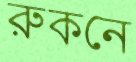
রুকনে